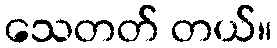
သေတတ် တယ်။